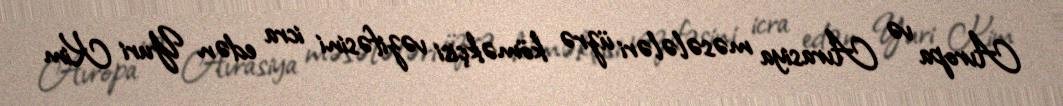
Avropa və Avrasiya məsələləri üzrə köməkçisi vəzifəsini icra edən Yuri Kim